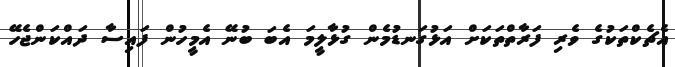
އެޗެކްތަކުގެ ވެރި ފަރާތްތަކަށް އަޅުގަނޑުމެން ގުޅާލީމަ އެބަ ބުނޭ އެމީހުން ފައިސާ ދައްކަންޖެހޭ